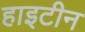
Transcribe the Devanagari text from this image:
हाइटीन